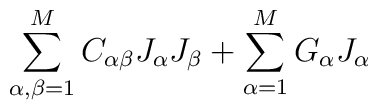
\sum^M_{\alpha, \beta = 1} C_{\alpha\beta} J_{\alpha} J_{\beta} + \sum^M_{\alpha = 1}G_{\alpha} J_{\alpha}